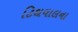
ટિથવાલના